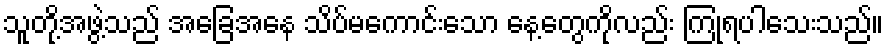
သူတို့အဖွဲ့သည် အခြေအနေ သိပ်မကောင်းသော နေ့တွေကိုလည်း ကြုံရပါသေးသည်။